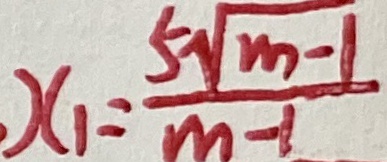
x _ { 1 } = \frac { 5 \sqrt { m - 1 } } { m - 1 }